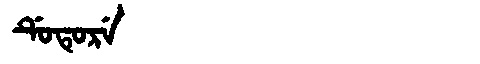
Manchu: ᡩᡠᡨᡠᡵᡝ
Romanization: DUTURE